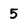
Character: 5